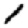
Digit: 1